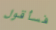
فسأقول